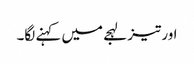
اور تیز لہجے میں کہنے لگا۔